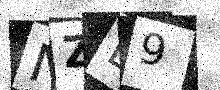
Text: NZE9